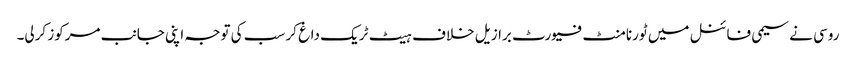
روسی نے سیمی فائنل میں ٹورنامنٹ فیورٹ برازیل خلاف ہیٹ ٹریک داغ کر سب کی توجہ اپنی جانب مرکوز کرلی۔